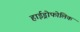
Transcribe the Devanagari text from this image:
हाईड्रोफोलिक